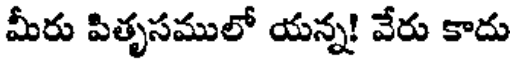
మీరు పితృసములో యన్న! వేరు కాదు